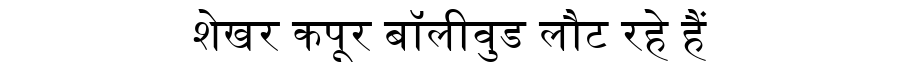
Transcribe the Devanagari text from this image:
शेखर कपूर बॉलीवुड लौट रहे हैं